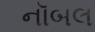
નૉબલ